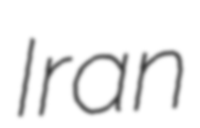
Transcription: Iran